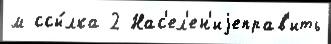
м ссы́лка 2 Нас'ел'ен'иjеправ'ить